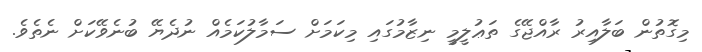
މިގޮތުން ބަލާއިރު ރާއްޖޭގެ ތަޢުލީމީ ނިޒާމުގައި މިކަމަށް ސަމާލުކަމެއް ނުދެޔޭ ބުނެވޭކަށް ނެތެވެ.